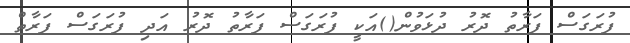
ފުރަގަސް ފަރާތު ދޮރު ދުޅަވުން()އަކީ ފުރަގަސް ފަރާތު ދޮރު އަދި ފުރަގަސް ފަރާތް